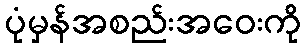
ပုံမှန်အစည်းအဝေးကို